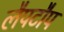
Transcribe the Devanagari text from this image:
लैपटौप